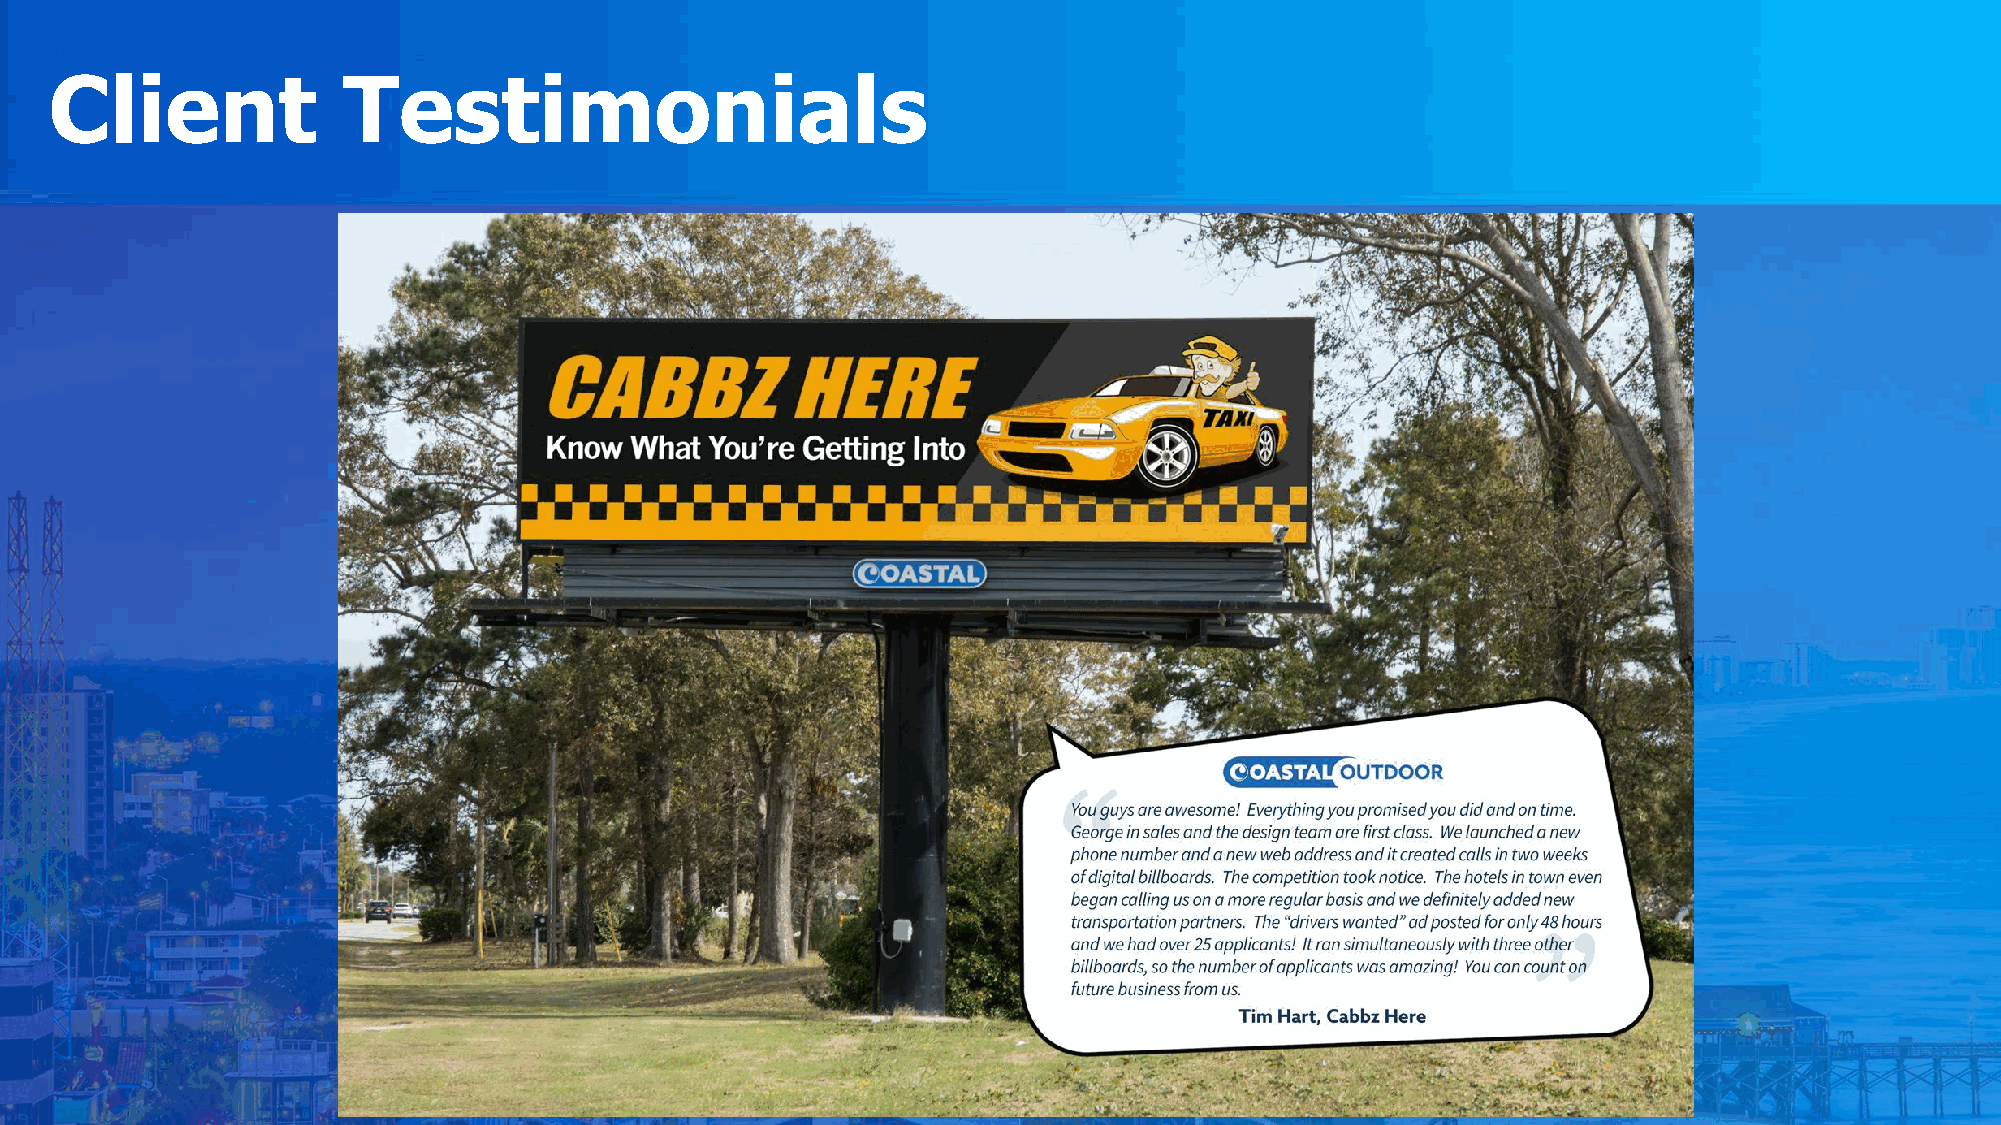
Client              Testimonials
 Randy    Dorenbos
 MD   Roofing   &  Windows